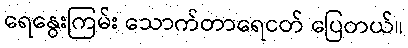
ရေနွေးကြမ်း သောက်တာရေငတ် ပြေတယ်။